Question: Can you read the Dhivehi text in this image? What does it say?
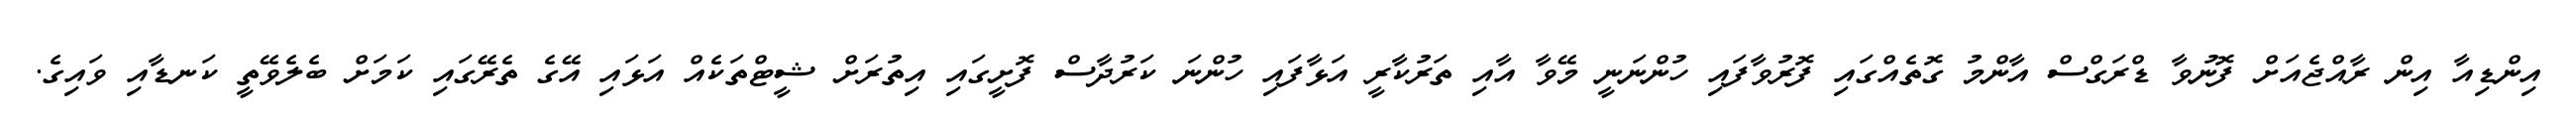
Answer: އިންޑިއާ އިން ރާއްޖެއަށް ފޮނުވާ ޑްރަގްސް އާންމު ގޮތެއްގައި ފޮރުވާފައި ހުންނަނީ މޭވާ އާއި ތަރުކާރީ އަޅާފައި ހުންނަ ކަރުދާސް ފޮށީގައި އިތުރަށް ޝީޓްތަކެއް އަޅައި އޭގެ ތެރޭގައި ކަމަށް ބެލެވޭތީ ކަނޑާއި ވައިގެ.